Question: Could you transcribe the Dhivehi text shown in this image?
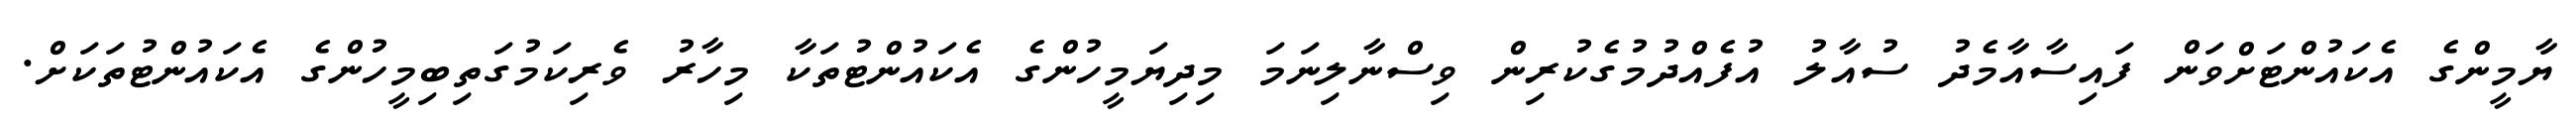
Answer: ޔާމީންގެ އެކައުންޓަށްވަން ފައިސާއާމެދު ސުއާލު އުފެއްދުމުގެކުރިން ވިސްނާލިނަމަ މިދިޔަމީހުންގެ އެކައުންޓުތަކާ މިހާރު ވެރިކަމުގަތިބިމީހުންގެ އެކައުންޓުތަކަށް.